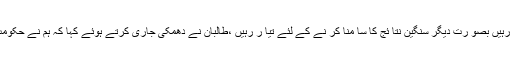
ادھر افغا ن طا لبا ن نے عوا م کو دھمکی دی ہے کہ وہ انتخا بی عمل سے دور رہیں بصو رت دیگر سنگین نتا ئج کا سا منا کر نے کے لئے تیا ر رہیں ،طالبان نے دھمکی جاری کرتے ہوئے کہا کہ ہم نے حکومت کا سکیورٹی پلان حاصل کرلیا ہے اور انتخابی عمل کو نقصان پہنچائیں گے۔